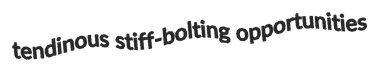
tendinous stiff-bolting opportunities